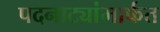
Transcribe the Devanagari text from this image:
पदनाट्यांमार्फत